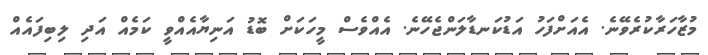
މުޒާހަރާކުރެވޭނެ. އެއަށްފަހު އަޑުކަނޑާލަންޖެހޭނެ. އެއްވެސް މީހަކަށް ބޮޑު އަނިޔާއެއްވީ ކަމެއް އަދި ލިބިފައެއް